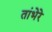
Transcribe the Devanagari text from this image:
तांभेरे